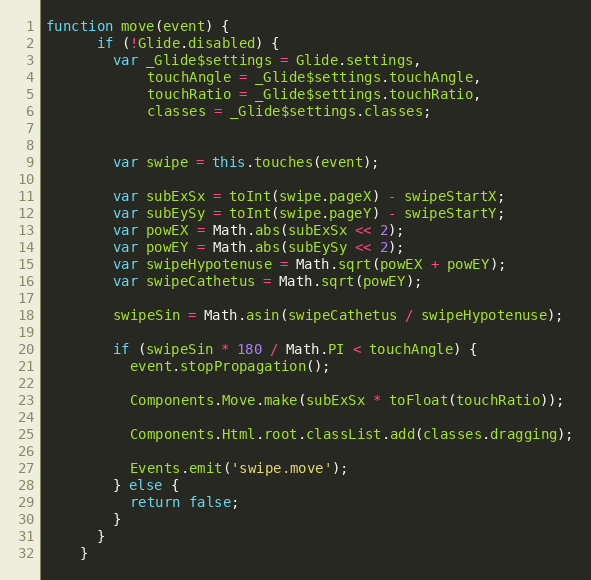
Language: JavaScript
function move(event) {
      if (!Glide.disabled) {
        var _Glide$settings = Glide.settings,
            touchAngle = _Glide$settings.touchAngle,
            touchRatio = _Glide$settings.touchRatio,
            classes = _Glide$settings.classes;

        var swipe = this.touches(event);

        var subExSx = toInt(swipe.pageX) - swipeStartX;
        var subEySy = toInt(swipe.pageY) - swipeStartY;
        var powEX = Math.abs(subExSx << 2);
        var powEY = Math.abs(subEySy << 2);
        var swipeHypotenuse = Math.sqrt(powEX + powEY);
        var swipeCathetus = Math.sqrt(powEY);

        swipeSin = Math.asin(swipeCathetus / swipeHypotenuse);

        if (swipeSin * 180 / Math.PI < touchAngle) {
          event.stopPropagation();

          Components.Move.make(subExSx * toFloat(touchRatio));

          Components.Html.root.classList.add(classes.dragging);

          Events.emit('swipe.move');
        } else {
          return false;
        }
      }
    }